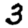
Digit: 3